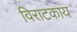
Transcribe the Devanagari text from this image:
विराटकाय